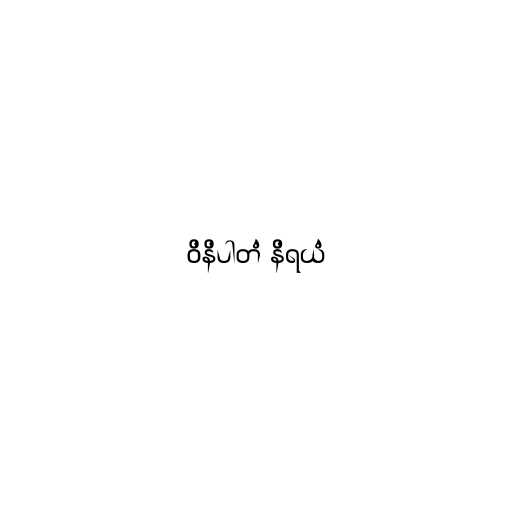
ဝိနိပါတံ နိရယံ